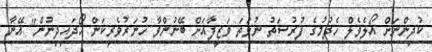
ކުދިންނަށް އޯލެވެލް ހެދުމުގެ ފުރުސަތު ނުވަތަ ވަޒީފާއަށް ބޭނުންވާ ހުނަރުވެރިކަން ހޯދައިދިނުން" އޭނާ